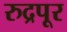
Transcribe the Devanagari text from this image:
रुद्रपूर